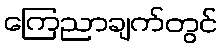
ကြေညာချက်တွင်